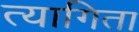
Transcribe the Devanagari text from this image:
त्यागिता